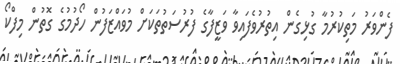
ފެންވަރު މަތިކުރުމާ ގުޅިގެން އިތުރުވެފައިވާ ވަޒީފާގެ ފުރުސަތުތަކަށް މުވައްޒަފުން ހޯދުމުގެ ގޮތުން މިފްކޯ